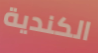
الكندية